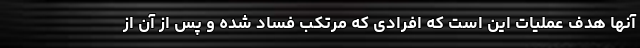
آنها هدف عملیات این است که افرادی که مرتکب فساد شده و پس از آن از